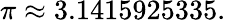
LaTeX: \pi\approx 3.1415925335.